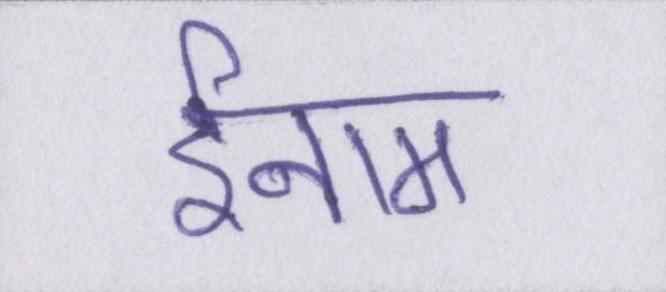
ईनाम